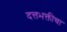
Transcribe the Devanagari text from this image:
दत्तभक्तीचा